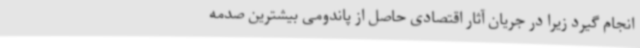
انجام گیرد زیرا در جریان آثار اقتصادی حاصل از پاندومی بیشترین صدمه